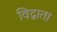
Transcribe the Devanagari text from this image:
विद्वाता